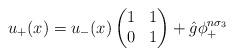
LaTeX: \begin{gather*}u_+(x) = u_-(x) \left(\begin{matrix}1 & 1 \\0 & 1\end{matrix}\right)+ \hat{g}\phi_+^{n\sigma_3}\end{gather*}